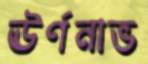
ঊর্ণনাভ